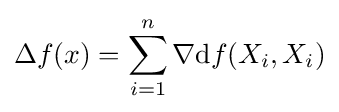
\displaystyle \Delta f(x)=\sum _{i=1}^{n}\nabla \mathrm {d} f(X_{i},X_{i})